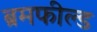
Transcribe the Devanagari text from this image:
ब्रमफील्ड